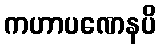
ကဟာပဏေနပိ